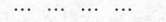
\cdots \cdots \cdots \cdots